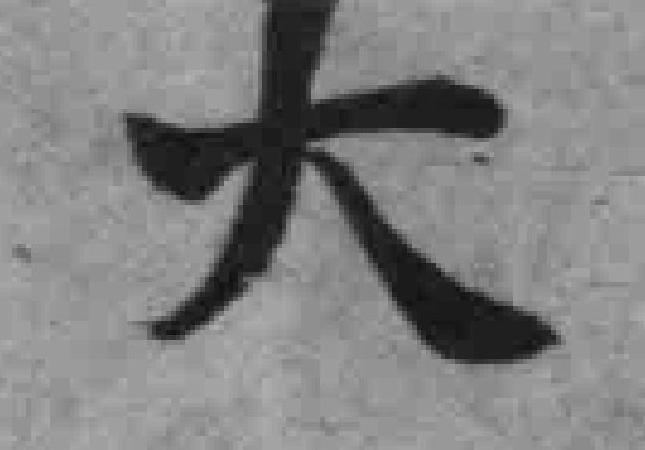
大